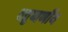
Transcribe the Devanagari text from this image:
चतुष्वर्णीय